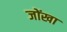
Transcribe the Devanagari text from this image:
जोंखा